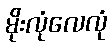
မိုးလုံလေလုံ